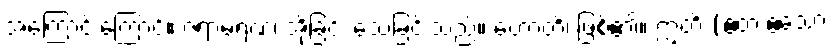
အကြောင်းကြောင့်။ ဇရာမရဏံ၊ အိုခြင်း သေခြင်းသည်။ ဟောတိ၊ ဖြစ်၏။ ဣတိ (ဧတံ ဧသော